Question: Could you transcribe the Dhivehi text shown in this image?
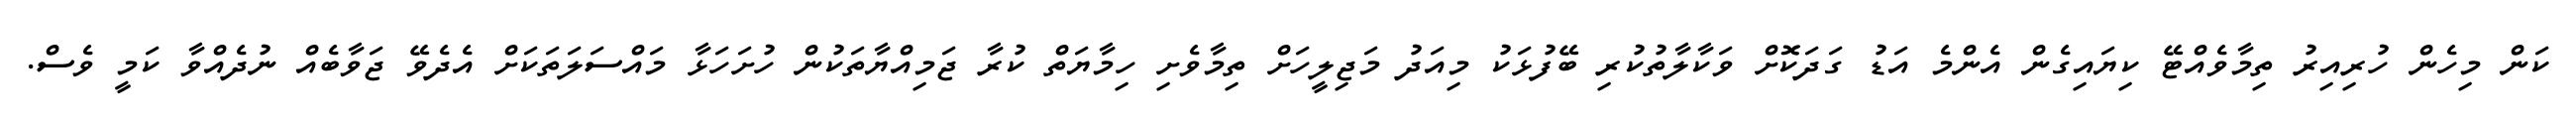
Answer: ކަން މިހެން ހުރިއިރު ތިމާވެއްޓޭ ކިޔައިގެން އެންމެ އަޑު ގަދަކޮށް ވަކާލާތުކުރި ބޭފުޅަކު މިއަދު މަޖިލީހަށް ތިމާވެށި ހިމާޔަތް ކުރާ ޖަމިއްޔާތަކުން ހުށަހަޅާ މައްސަލަތަކަށް އެދެވޭ ޖަވާބެއް ނުދެއްވާ ކަމީ ވެސް.